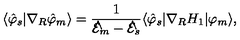
\langle \hat { \varphi } _ { s } | \nabla _ { R } \hat { \varphi } _ { m } \rangle = \frac 1 { { \cal \hat { E } } _ { m } - { \cal \hat { E } } _ { s } } \langle \hat { \varphi } _ { s } | \nabla _ { R } H _ { 1 } | \varphi _ { m } \rangle ,